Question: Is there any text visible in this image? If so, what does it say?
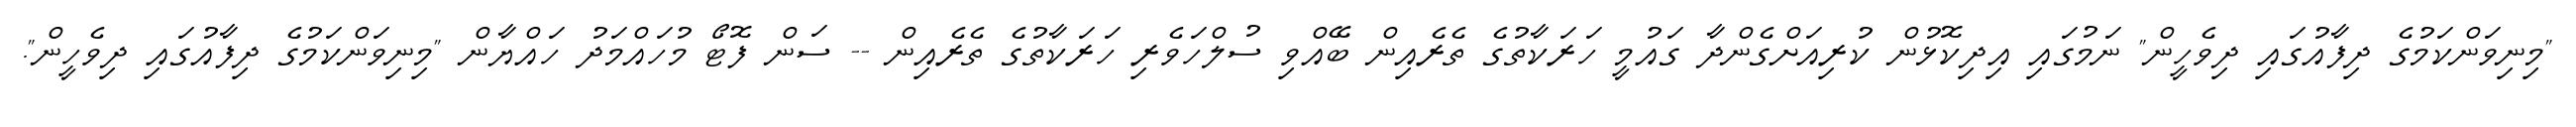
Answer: "މިނިވަންކަމުގެ ދިފާއުގައި ދިވެހީން" ނަމުގައި އިދިކޮޅުން ކުރިއަށްގެންދާ ގައުމީ ހަރަކާތުގެ ތެރެއިން ބޭއްވި ސުލްހަވެރި ހަރަކާތުގެ ތެރެއިން -- ސަން ފޮޓޯ މުހައްމަދު ހައްޔާން "މިނިވަންކަމުގެ ދިފާއުގައި ދިވެހީން".